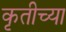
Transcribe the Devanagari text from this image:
कृतीच्या